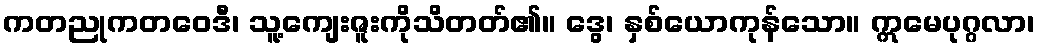
ကတညုကတဝေဒီ၊ သူ့ကျေးဇူးကိုသိတတ်၏။ ဒွေ၊ နှစ်ယောကုန်သော။ ဣမေပုဂ္ဂလာ၊